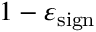
1 - \varepsilon _ { \mathrm { s i g n } }